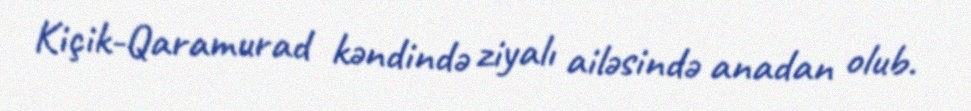
Kiçik-Qaramurad kəndində ziyalı ailəsində anadan olub.